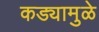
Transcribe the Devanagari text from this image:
कड्यामुळे